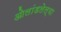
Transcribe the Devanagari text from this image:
ओलांडलेल्या